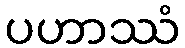
ပဟာဿံ